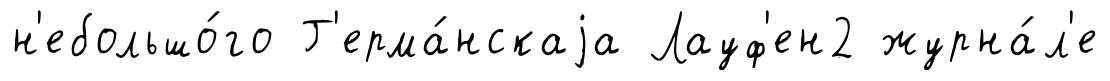
н'ебольшо́го Г'ерма́нскаjа Лауф'ен2 журна́л'е